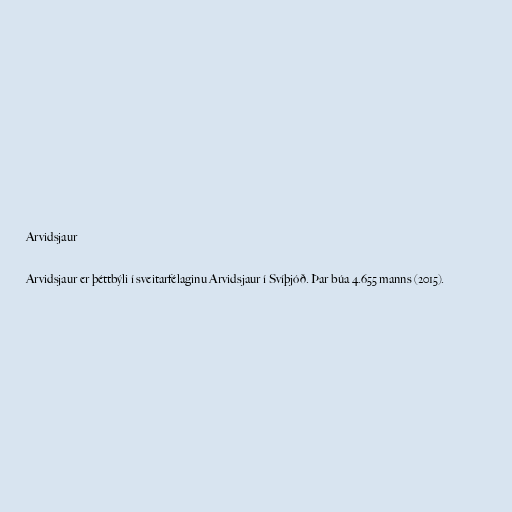
Arvidsjaur

Arvidsjaur er þéttbýli í sveitarfélaginu Arvidsjaur í Svíþjóð. Þar búa 4.655 manns (2015).